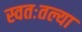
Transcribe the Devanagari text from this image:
स्वतःतल्या